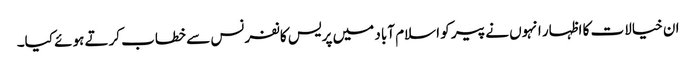
ان خیالات کا اظہار انہوں نے پیر کو اسلام آباد میں پریس کانفرنس سے خطاب کرتے ہوئے کیا۔